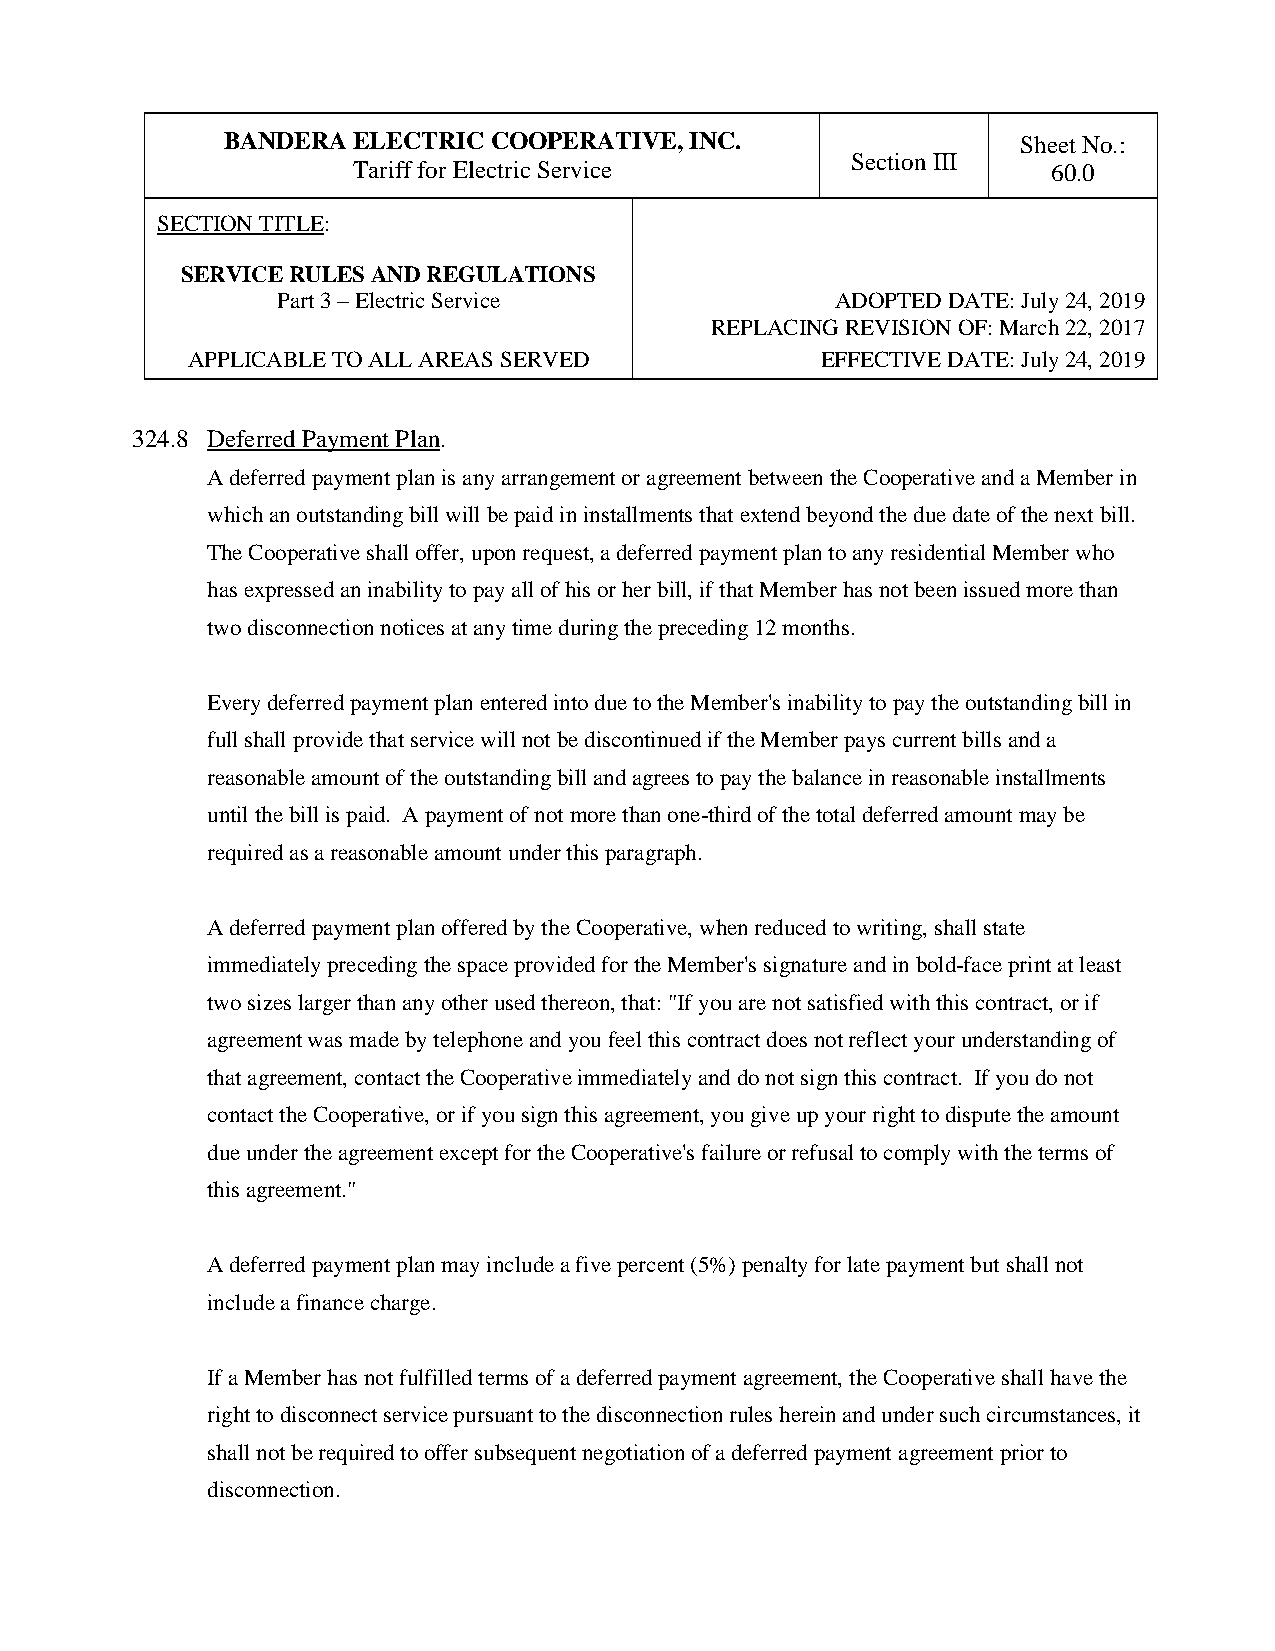
BANDERA ELECTRIC COOPERATIVE,  INC.                  Sheet No.:
 Section III
 Tariff for Electric Service                    60.0
 SECTION TITLE:
 SERVICE RULES AND REGULATIONS
 Part 3 – Electric Service            ADOPTED DATE: July 24, 2019
 REPLACING REVISION OF: March 22, 2017
 APPLICABLE TO ALL AREAS SERVED            EFFECTIVE DATE: July 24, 2019
 324.8 Deferred Payment Plan.
 A deferred payment plan is any arrangement or agreement between the Cooperative and a Member in
 which an outstanding bill will be paid in installments that extend beyond the due date of the next bill.
 The Cooperative shall offer, upon request, a deferred payment plan to any residential Member who
 has expressed an inability to pay all of his or her bill, if that Member has not been issued more than
 two disconnection notices at any time during the preceding 12 months.
 Every deferred payment plan entered into due to the Member's inability to pay the outstanding bill in
 full shall provide that service will not be discontinued if the Member pays current bills and a
 reasonable amount of the outstanding bill and agrees to pay the balance in reasonable installments
 until the bill is paid. A payment of not more than one-third of the total deferred amount may be
 required as a reasonable amount under this paragraph.
 A deferred payment plan offered by the Cooperative, when reduced to writing, shall state
 immediately preceding the space provided for the Member's signature and in bold-face print at least
 two sizes larger than any other used thereon, that: "If you are not satisfied with this contract, or if
 agreement was made by telephone and you feel this contract does not reflect your understanding of
 that agreement, contact the Cooperative immediately and do not sign this contract. If you do not
 contact the Cooperative, or if you sign this agreement, you give up your right to dispute the amount
 due under the agreement except for the Cooperative's failure or refusal to comply with the terms of
 this agreement."
 A deferred payment plan may include a five percent (5%) penalty for late payment but shall not
 include a finance charge.
 If a Member has not fulfilled terms of a deferred payment agreement, the Cooperative shall have the
 right to disconnect service pursuant to the disconnection rules herein and under such circumstances, it
 shall not be required to offer subsequent negotiation of a deferred payment agreement prior to
 disconnection.